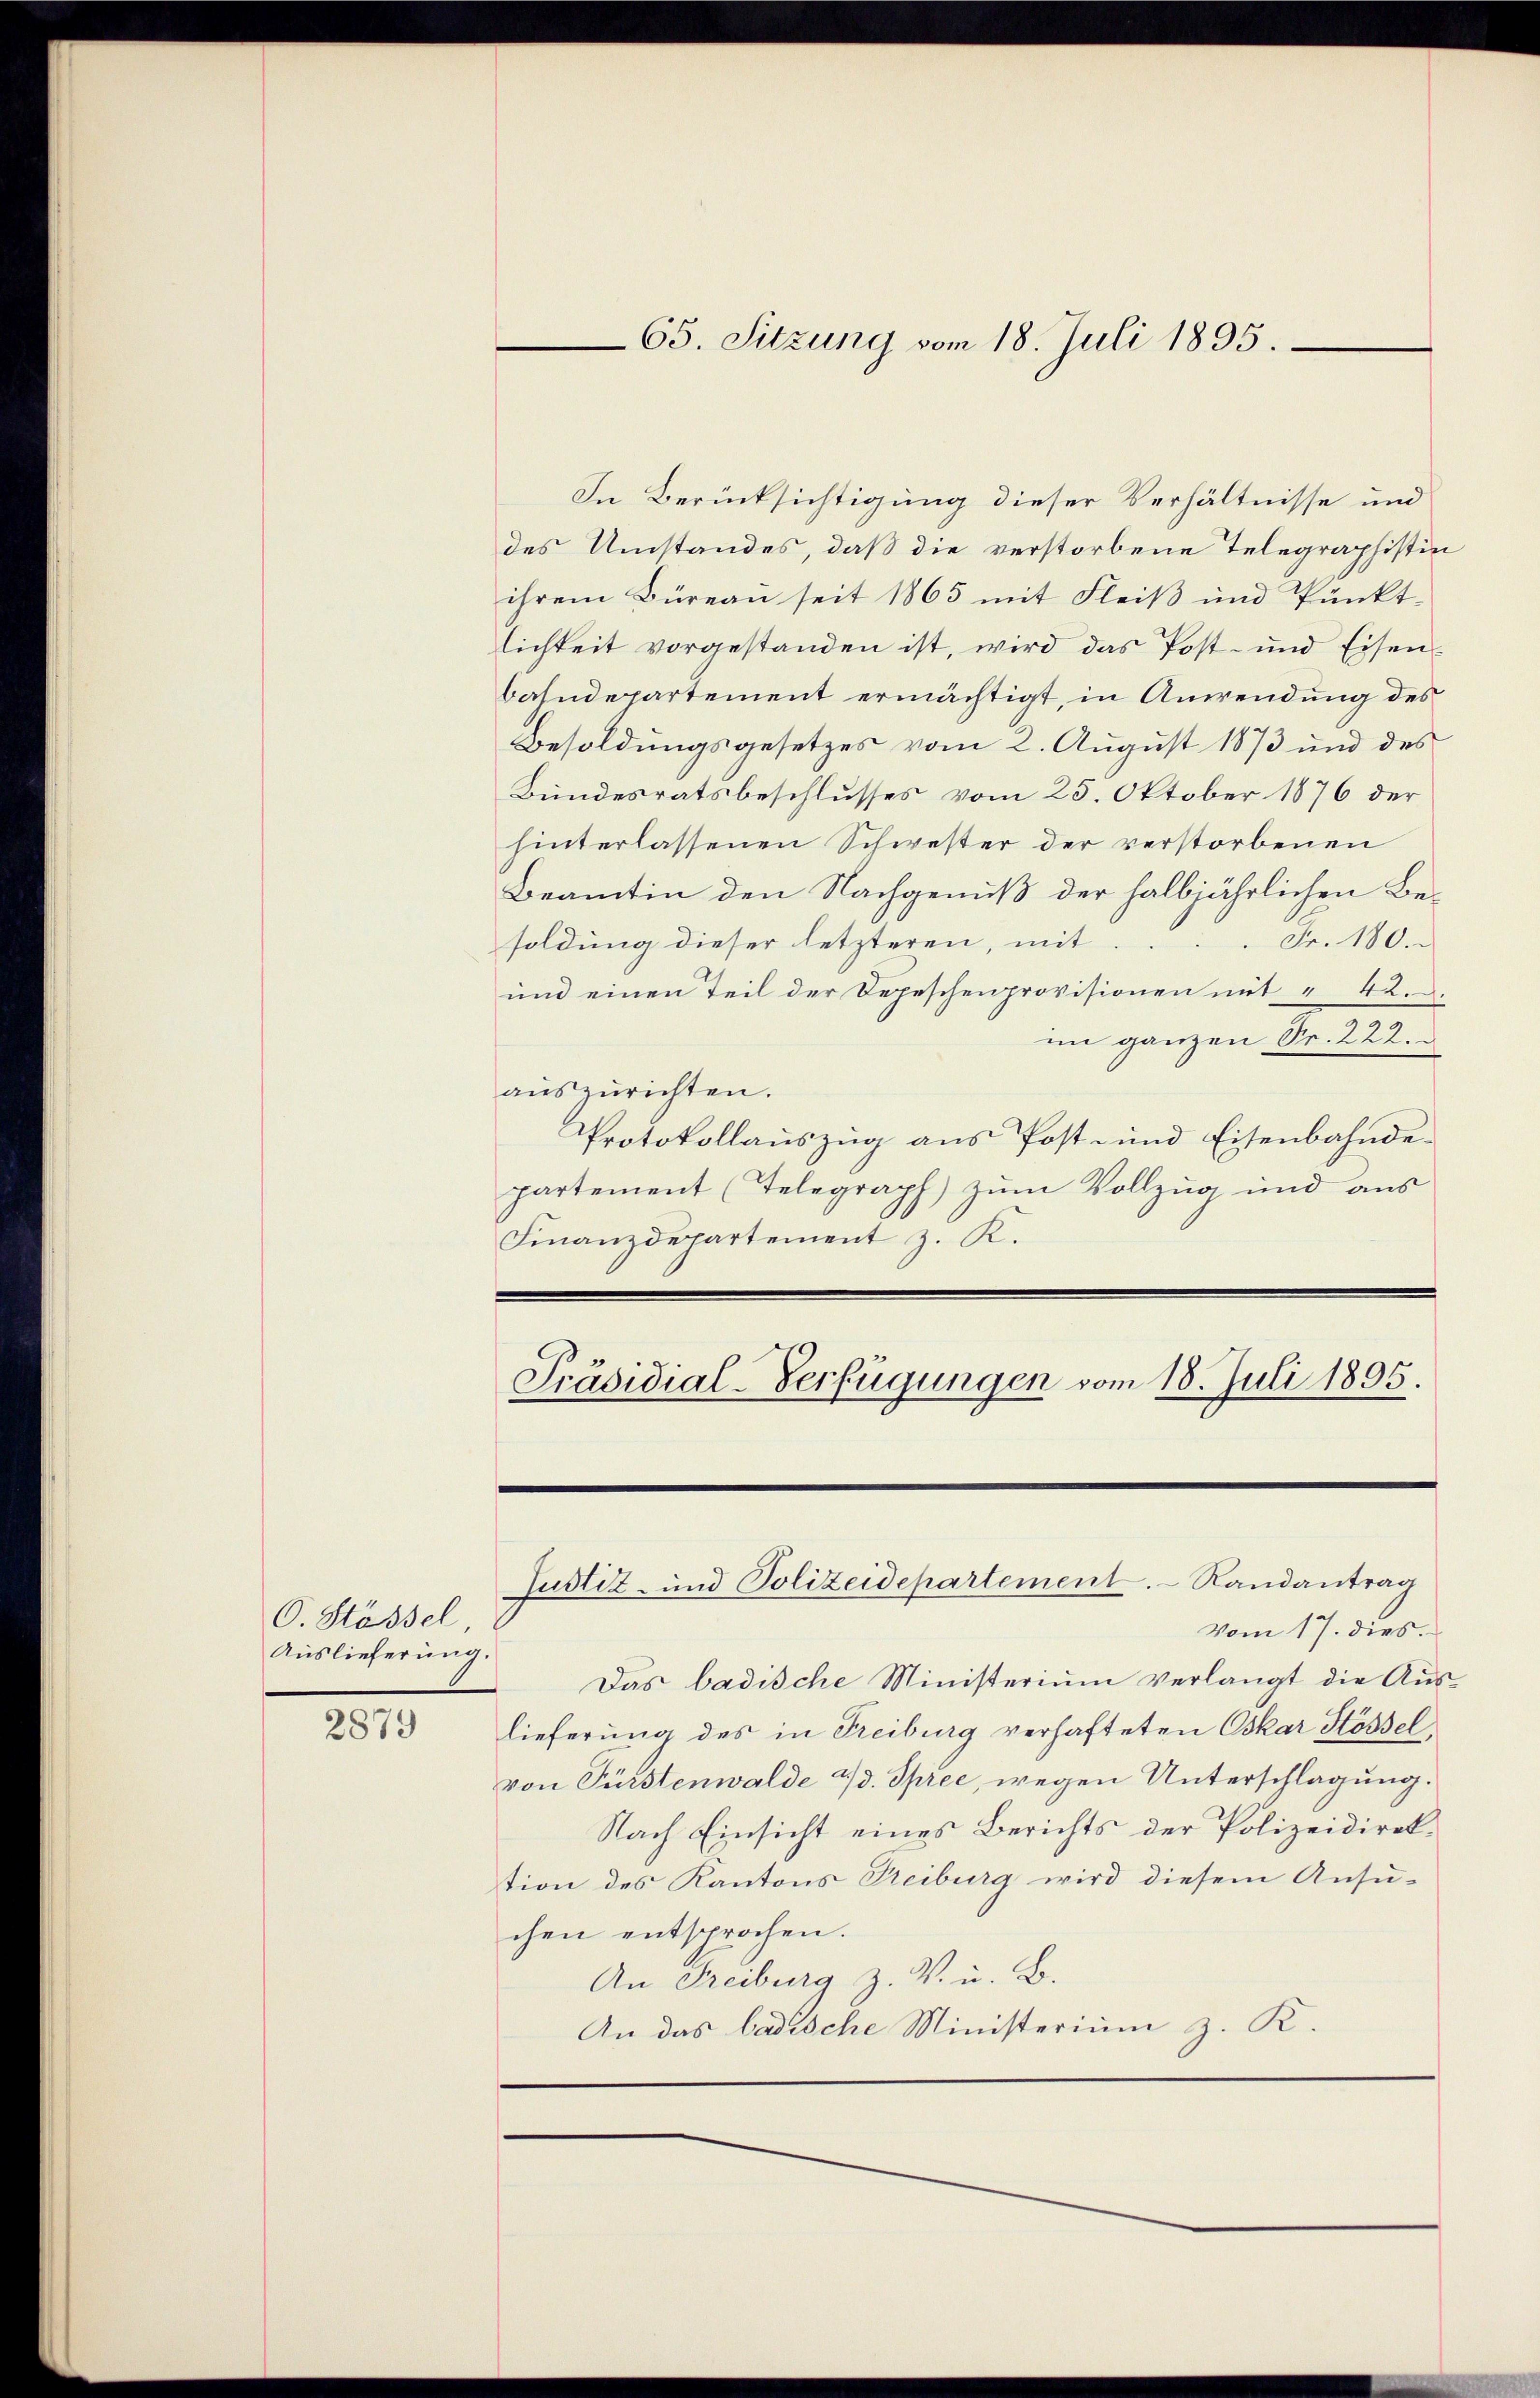
O. Stössel
Auslieferung.

2879

65. Sitzung vom 18. Juli 1895.

In Berücksichtigung dieser Verhältnisse und
des Umstandes, daß die verstorbene Telegraphistin
ihrem Büreau seit 1865 mit Fleiß und Punkt-
lichkeit vorgestanden ist, wird das Post- und Eisen-
bahndepartement ermächtigt, in Anwendung des
Besoldungsgesetzes vom 2. August 1873 und des
Bundesratsbeschlusses vom 25. Oktober 1876 der
hinterlassenen Schwester der verstorbenen
Beamtin den Nachgenuß der halbjährlichen Be¬
Fr. 180
soldung dieser letzteren, mit
und einen Teil der Depeschenprovisionen mit " 42.
im ganzen Sr. 222.
aŭszŭrichten.
Protokollauszug aus Post- und Eisenbahndepartement (Telegraph) zum Vollzug und aus
Finanzdepartement z. K.
Präsidial-Verfügungen vom 18. Juli 1895.

Vom 17. dies.
Das badische Ministerium verlangt die Auslieferung des in Treiburg verhafteten Oskar Hössel.
von Fürstenwalde & d. Spree, wegen Unterschlagung.
Nach Einsicht eines Berichts der Polizeidirektion des Kantons Reiburg wird diesem Ansu-
chen entsprochen.
An Freiburg z. V. u. B.
An das badische Ministerium z. K.

Justiz- und Polizeidepartement. Randantrag